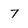
Character: 7